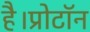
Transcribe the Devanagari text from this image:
है।प्रोटॉन